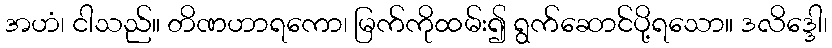
အဟံ၊ ငါသည်။ တိဏဟာရကော၊ မြက်ကိုထမ်း၍ ရွက်ဆောင်ပို့ရသော။ ဒလိဒ္ဒေါ၊